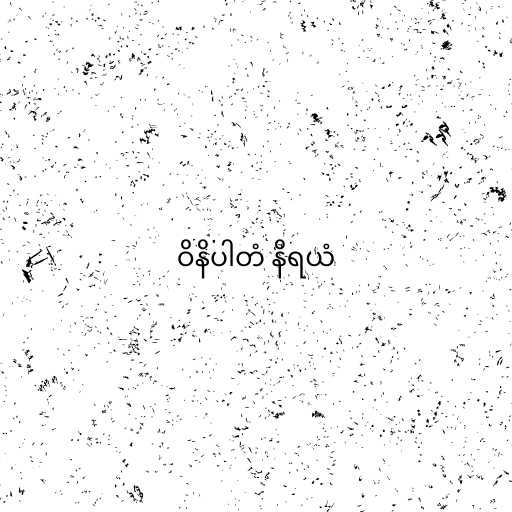
ဝိနိပါတံ နိရယံ